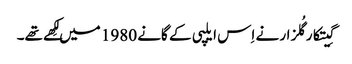
گِیتکارگُلزار نے اِس ایلپی کے گانے 1980 میں لِکھے تھے۔